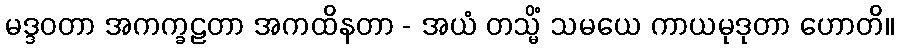
မဒ္ဒဝတာ အကက္ခဠတာ အကထိနတာ - အယံ တသ္မိံ သမယေ ကာယမုဒုတာ ဟောတိ။